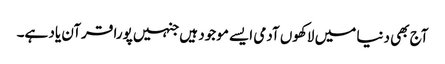
آج بھی دنیا میں لاکھوں آدمی ایسے موجود ہیں جنہیں پورا قرآن یاد ہے۔